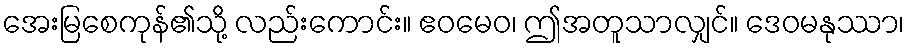
အေးမြစေကုန်၏သို့ လည်းကောင်း။ ဧဝမေဝ၊ ဤအတူသာလျှင်။ ဒေဝမနုဿာ၊